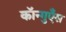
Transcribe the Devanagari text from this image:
कॉन्गुएँस